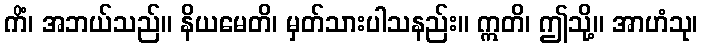
ကိံ၊ အဘယ်သည်။ နိယမေတိ၊ မှတ်သားပါသနည်း။ ဣတိ၊ ဤသို့။ အာဟံသု၊